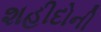
શહીદોની